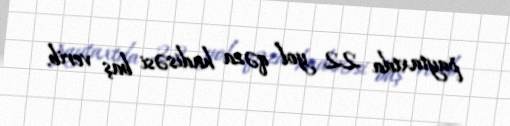
paytaxtda 22 yol qəza hadisəsi baş verib.